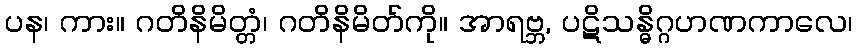
ပန၊ ကား။ ဂတိနိမိတ္တံ၊ ဂတိနိမိတ်ကို။ အာရဗ္ဘ, ပဋိသန္ဓိဂ္ဂဟဏကာလေ၊